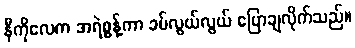
နီကိုလေက အရဲစွန့်ကာ ခပ်လွယ်လွယ် ပြောချလိုက်သည်။